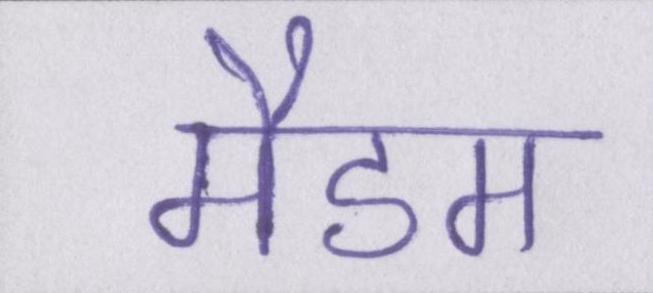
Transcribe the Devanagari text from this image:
मैडम